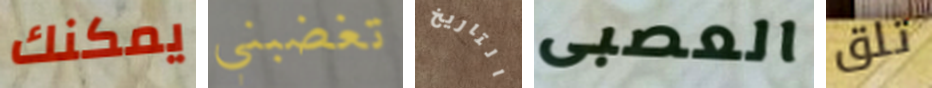
يمكنك تغضبني التاريخ العصبى تلق